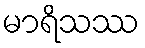
မာရိသဿ